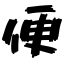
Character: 便